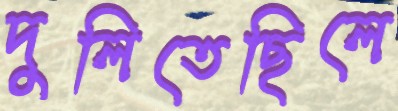
দুলিতেছিলে